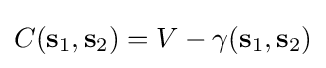
C(\mathbf {s} _{1},\mathbf {s} _{2})=V-\gamma (\mathbf {s} _{1},\mathbf {s} _{2})